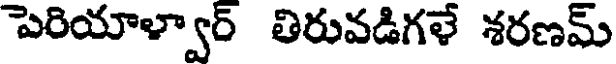
పెరియాళ్వార్ తిరువడిగళే శరణమ్